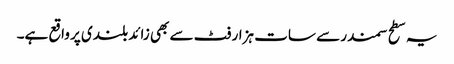
یہ سطح سمندر سے سات ہزار فٹ سے بھی زائد بلندی پر واقع ہے۔